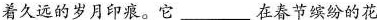
着久远的岁月印痕。它___在春节缤纷的花